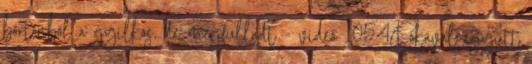
börtönből a gyilkos, de megfulladt - videó 1054Rókával együtt